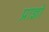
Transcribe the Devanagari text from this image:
प्राज्ञो